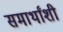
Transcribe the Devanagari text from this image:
समार्थांशी